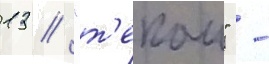
13 / "т'екаи" -